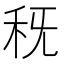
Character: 𥝪